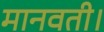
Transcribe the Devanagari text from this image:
मानवती।